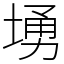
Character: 𱗚